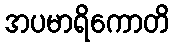
အပမာရိကောတိ